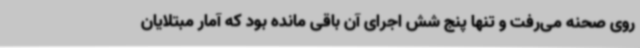
روی صحنه می‌رفت و تنها پنج شش اجرای آن باقی مانده بود که آمار مبتلایان